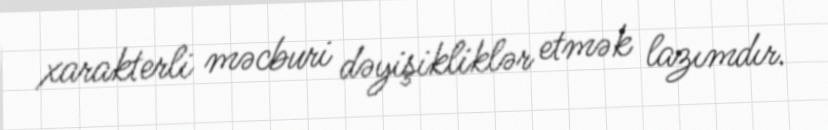
xarakterli məcburi dəyişikliklər etmək lazımdır.